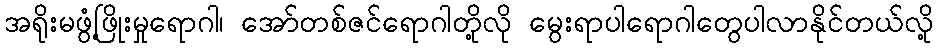
အရိုးမဖွံ့ဖြိုးမှုရောဂါ၊ အော်တစ်ဇင်ရောဂါတို့လို မွေးရာပါရောဂါတွေပါလာနိုင်တယ်လို့